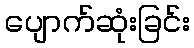
ပျောက်ဆုံးခြင်း